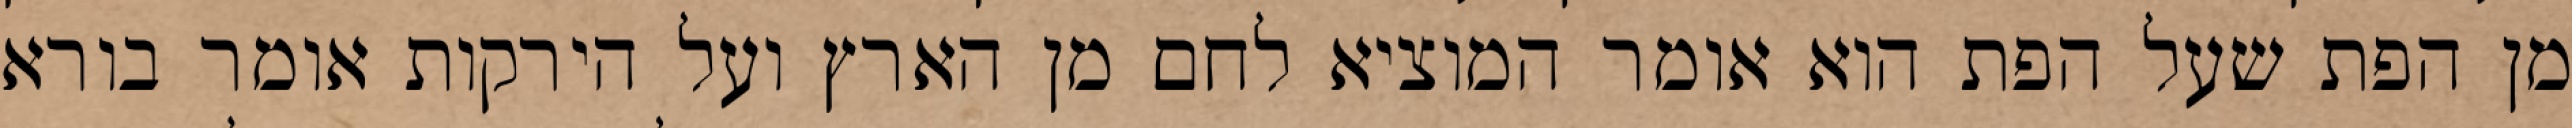
מן הפת שעל הפת הוא אומר המוציא לחם מן הארץ ועל הירקות אומר בורא